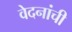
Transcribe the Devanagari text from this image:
वेदनांची